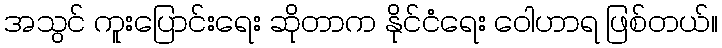
အသွင် ကူးပြောင်းရေး ဆိုတာက နိုင်ငံရေး ဝေါဟာရ ဖြစ်တယ်။